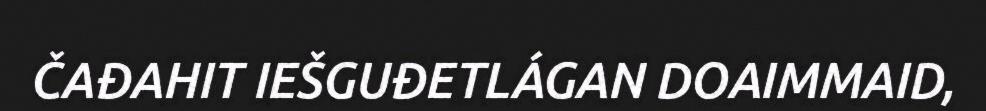
ČAĐAHIT IEŠGUĐETLÁGAN DOAIMMAID,